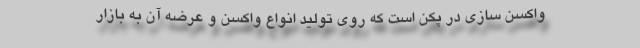
واکسن سازی در پکن است که روی تولید انواع واکسن و عرضه آن به بازار